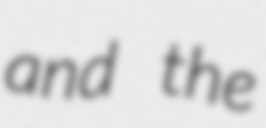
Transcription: and the